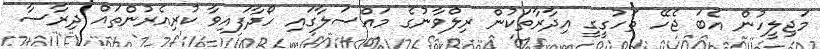
މަޖިލީހުން އެބަ ޖެހޭ ތަހުގީގީ އިދާރާތަކުން ރިލްވާނުގެ މައްސަލާގައި ހޯދާފައިވާ ކުރިއެރުންތައް ދިރާސާ